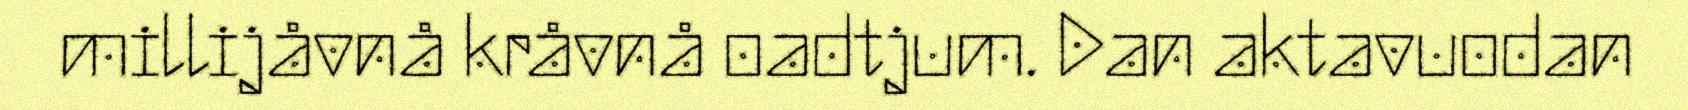
millijåvnå kråvnå oadtjum. Dan aktavuodan